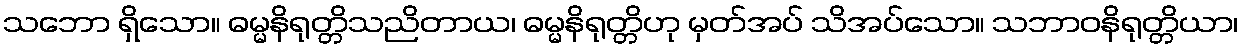
သဘော ရှိသော။ ဓမ္မနိရုတ္တိသညိတာယ၊ ဓမ္မနိရုတ္တိဟု မှတ်အပ် သိအပ်သော။ သဘာဝနိရုတ္တိယာ၊